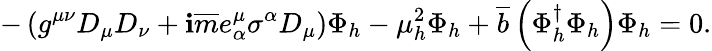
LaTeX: -\left(g^{\mu\nu}D_{\mu}D_{\nu}+\mathbf{i}\overline{{{{m}}}}e_{\alpha}^{\mu}\sigma^{\alpha}D_{\mu}\right)\Phi_{h}-\mu_{h}^{2}\Phi_{h}+\overline{{{{b}}}}\left(\Phi_{h}^{\dagger}\Phi_{h}\right)\Phi_{h}=0.